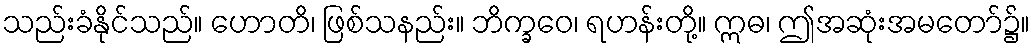
သည်းခံနိုင်သည်။ ဟောတိ၊ ဖြစ်သနည်း။ ဘိက္ခဝေ၊ ရဟန်းတို့။ ဣဓ၊ ဤအဆုံးအမတော်၌။